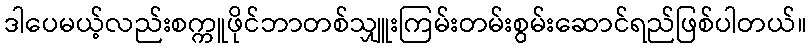
ဒါပေမယ့်လည်းစက္ကူဖိုင်ဘာတစ်သျှူးကြမ်းတမ်းစွမ်းဆောင်ရည်ဖြစ်ပါတယ်။